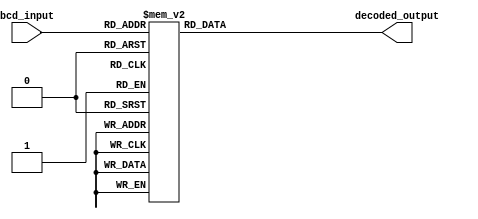
module bcd_decoder(
    input [3:0] bcd_input,
    output reg [6:0] decoded_output
);

always @(*)
begin
    case(bcd_input)
        4'h0: decoded_output = 7'b111_1110; // 0
        4'h1: decoded_output = 7'b011_0000; // 1
        4'h2: decoded_output = 7'b110_1101; // 2
        4'h3: decoded_output = 7'b111_1001; // 3
        4'h4: decoded_output = 7'b011_0011; // 4
        4'h5: decoded_output = 7'b101_1011; // 5
        4'h6: decoded_output = 7'b101_1111; // 6
        4'h7: decoded_output = 7'b111_0000; // 7
        4'h8: decoded_output = 7'b111_1111; // 8
        4'h9: decoded_output = 7'b111_1011; // 9
        default: decoded_output = 7'b111_1111; // default case (don't care)
    endcase
end

endmodule